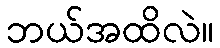
ဘယ်အထိလဲ။